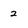
Character: 2